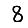
Digit: 8